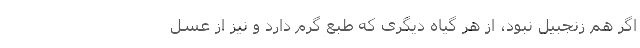
اگر هم زنجبیل نبود، از هر گیاه دیگری که طبع گرم دارد و نیز از عسل